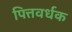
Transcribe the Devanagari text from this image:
पित्तवर्धक